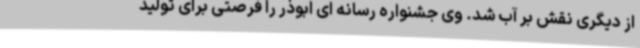
از دیگری نقش بر آب شد. وی جشنواره رسانه ای ابوذر را فرصتی برای تولید